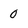
Character: 0